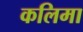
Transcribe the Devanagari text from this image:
कलिमा